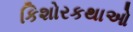
કિશોરકથાઓ